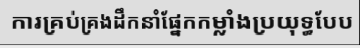
ការគ្រប់គ្រងដឹកនាំផ្នែកកម្លាំងប្រយុទ្ធបែប